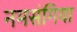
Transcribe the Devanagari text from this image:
नमसंगिया